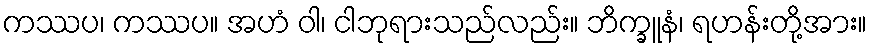
ကဿပ၊ ကဿပ။ အဟံ ဝါ၊ ငါဘုရားသည်လည်း။ ဘိက္ခူနံ၊ ရဟန်းတို့အား။